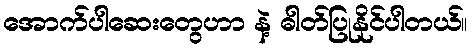
အောက်ပါဆေးတွေဟာ နဲ့ ဓါတ်ပြုနိုင်ပါတယ်။